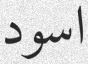
اسود